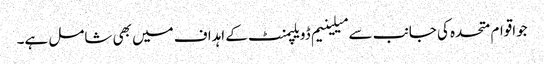
جواقوام متحدہ کی جانب سے میلینیم ڈویلپمنٹ کے اہداف میں بھی شامل ہے۔